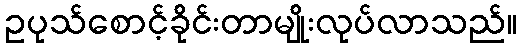
ဥပုသ်စောင့်ခိုင်းတာမျိုးလုပ်လာသည်။